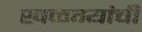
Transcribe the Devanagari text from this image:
खळग्यांची